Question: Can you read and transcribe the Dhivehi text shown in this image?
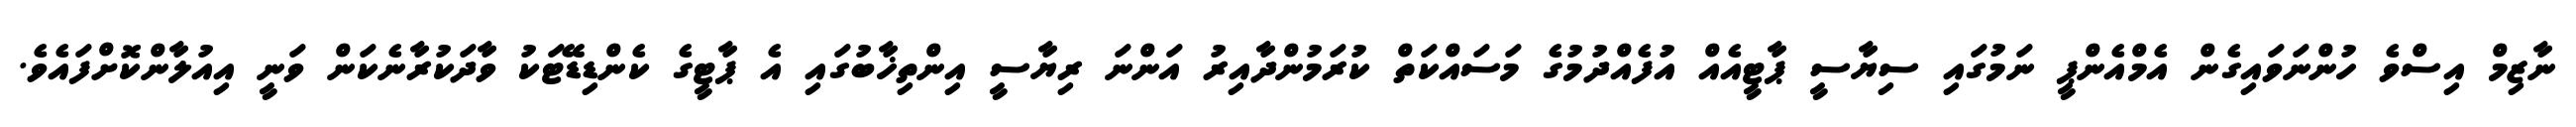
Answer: ނާޒިމް އިސްވެ ހުންނަވައިގެން އެމްއެންޕީ ނަމުގައި ސިޔާސީ ޕާޓީއެއް އުފެއްދުމުގެ މަސައްކަތް ކުރަމުންދާއިރު އަންނަ ރިޔާސީ އިންތިޚާބުގައި އެ ޕާޓީގެ ކެންޑިޑޭޓަކު ވާދަކުރާނެކަން ވަނީ އިއުލާންކޮށްފައެވެ.